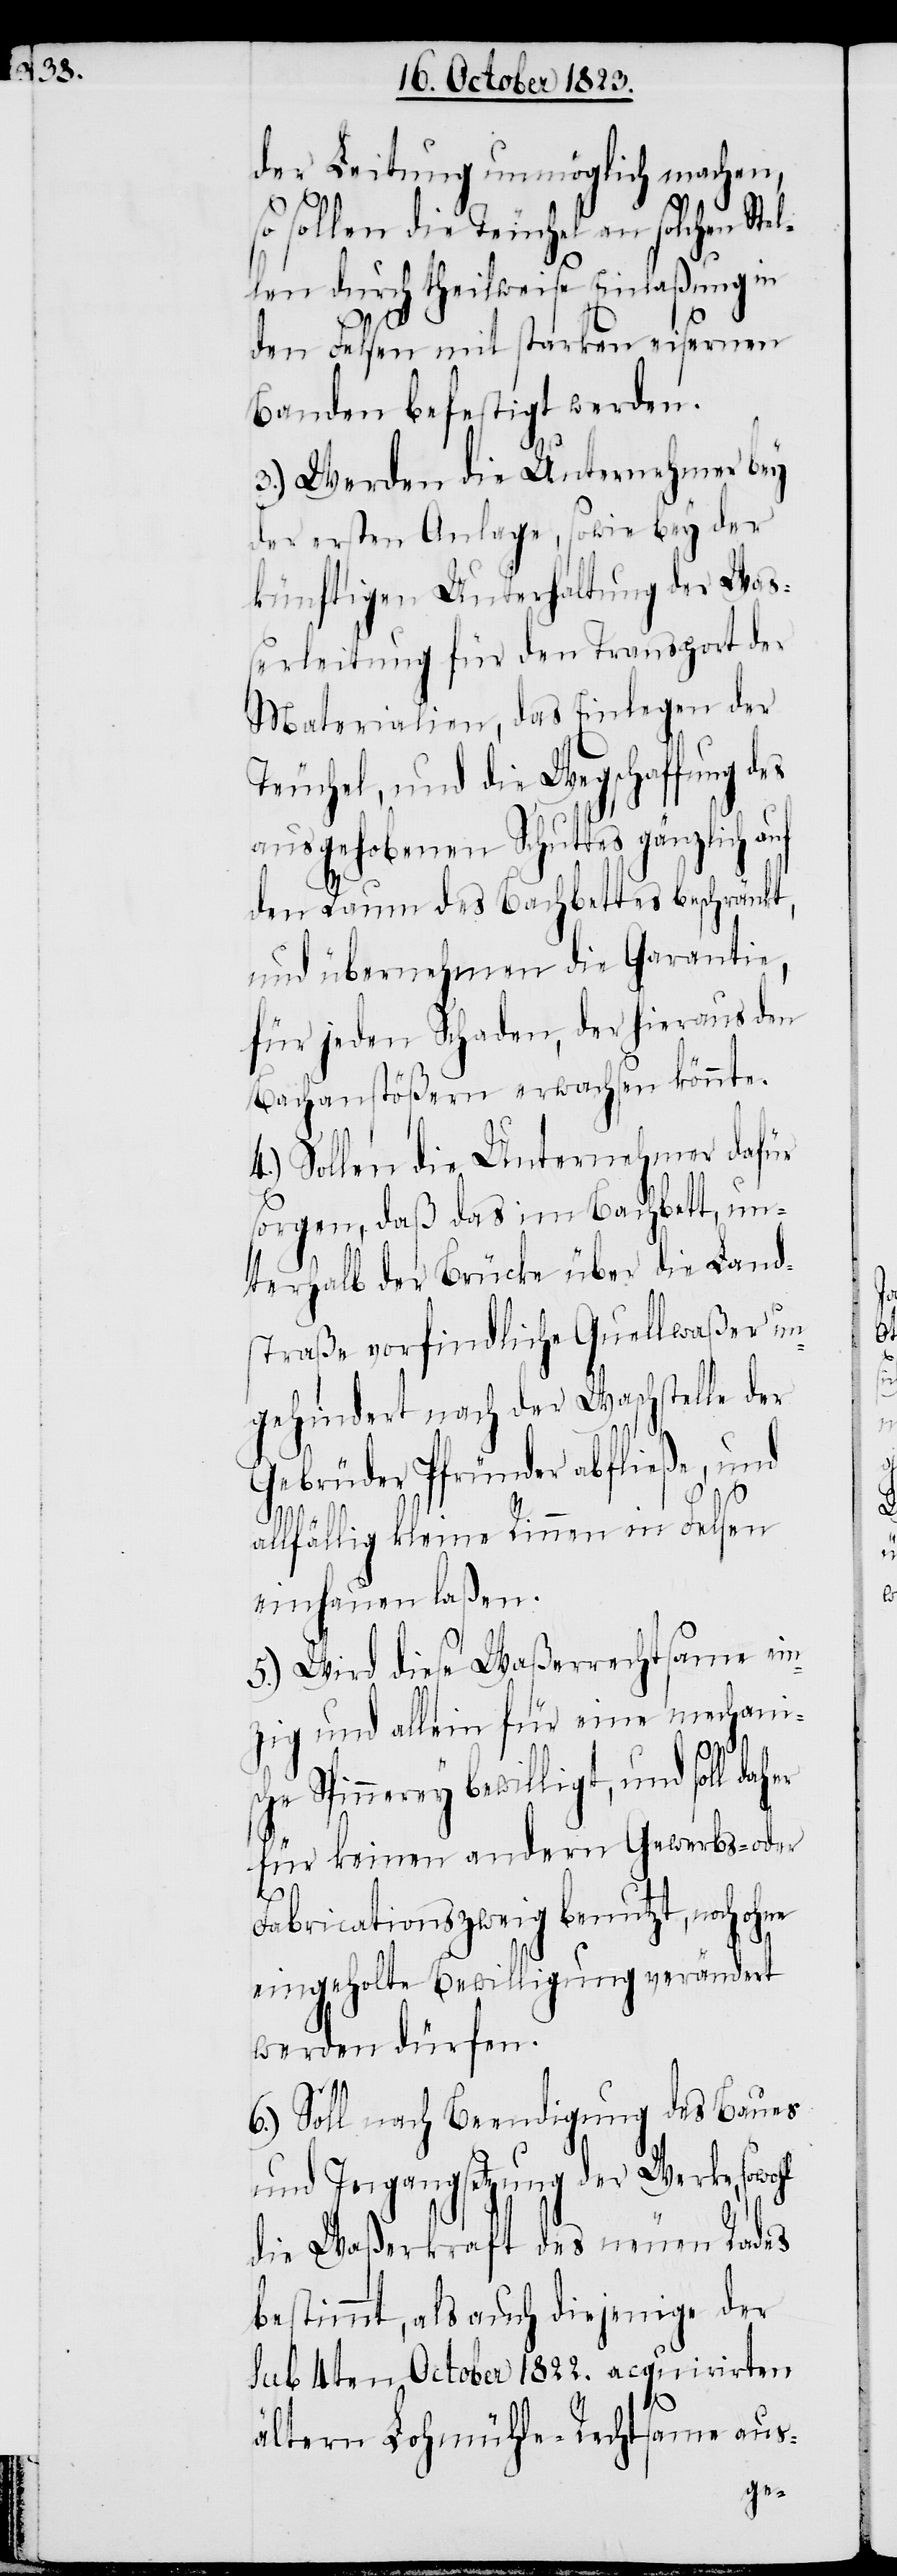
der Leitung unmöglich machen,
so sollen die Teuchel an solchen Ste¬
llen durch theilweise Einlaßung in
den Felsen mit starken eisernen
Banden befestigt werden.
3.) Werden die Unternehmer bey
der ersten Anlage, sowie bey der
künftigen Unterhaltung der Wa¬
ßerleitung für den Transport der
Materialien, das Einlegen der
Teuchel, und die Wegschaffung des
ausgehobenen Schuttes gänzlich auf
den Raum des Bachbettes beschränkt,
und übernehmen die Garantie,
für jeden Schaden, der hieraus den
Bachanstößern erwachsen könnte.
4.) Sollen die Unternehmer dafür
sorgen, daß das im Bachbett, un¬
terhalb der Brücke über die Land¬
straße vorfindliche Quellwaßer un¬
gehindert nach der Waschstelle der
Gebrüder Pfründer abfließe, und
allfällig kleine Rinnen in Felsen
einhauen laßen.
5.) Wird diese Waßerrechtsame ein¬
zig und allein für eine mechani¬
sche Spinnerey bewilligt, und soll daher
für keinen andern Gewerbs- oder
Fabricationszweig benutzt, noch ohne
eingeholte Bewilligung verändert
werden dürfen.
6.) Soll nach Beendigung des Baues
und Ingangsetzung der Werke,
die Waßerkraft des neuen Rades
bestimmt, als auch diejenige der
sub 4ten October 1822. acquirirten
ältern Lohmühle-Rechtsame aus-